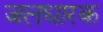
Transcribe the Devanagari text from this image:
जलधारक